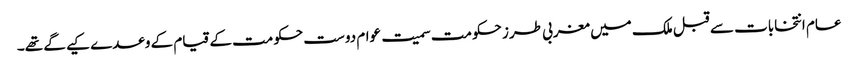
عام انتخابات سے قبل ملک میں مغربی طرز حکومت سمیت عوام دوست حکومت کے قیام کے وعدے کیے گے تھے۔